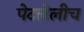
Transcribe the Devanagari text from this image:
पेटलेलीच